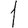
Digit: 1